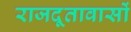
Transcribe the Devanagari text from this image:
राजदूतावासों